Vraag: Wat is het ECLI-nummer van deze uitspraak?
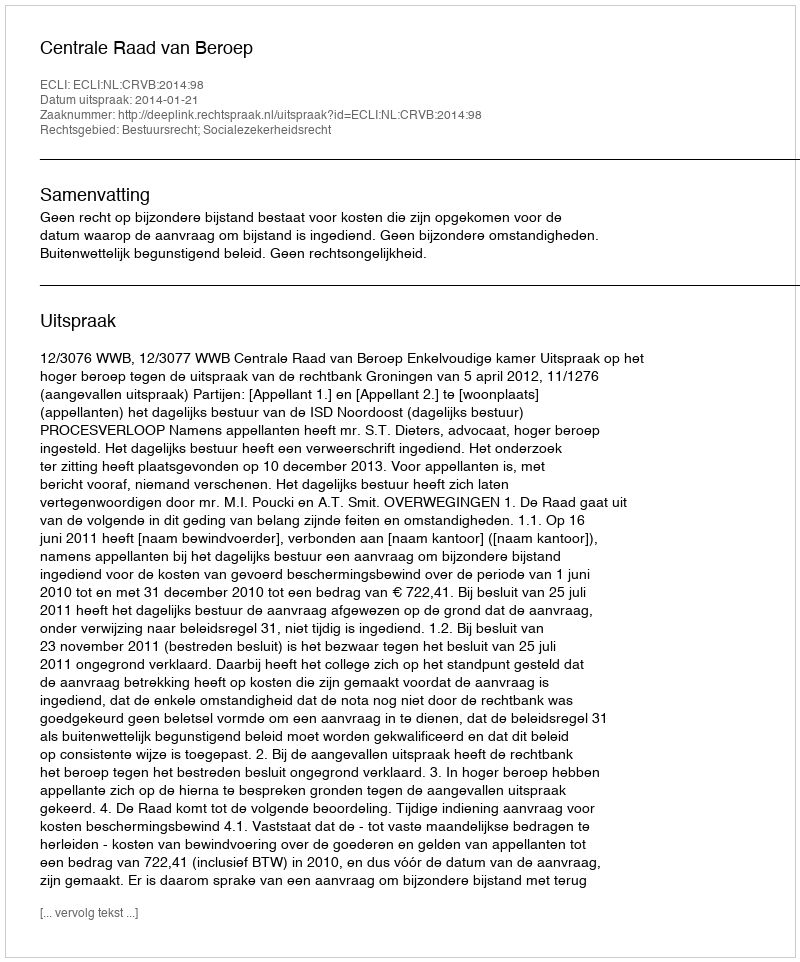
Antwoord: ECLI:NL:CRVB:2014:98